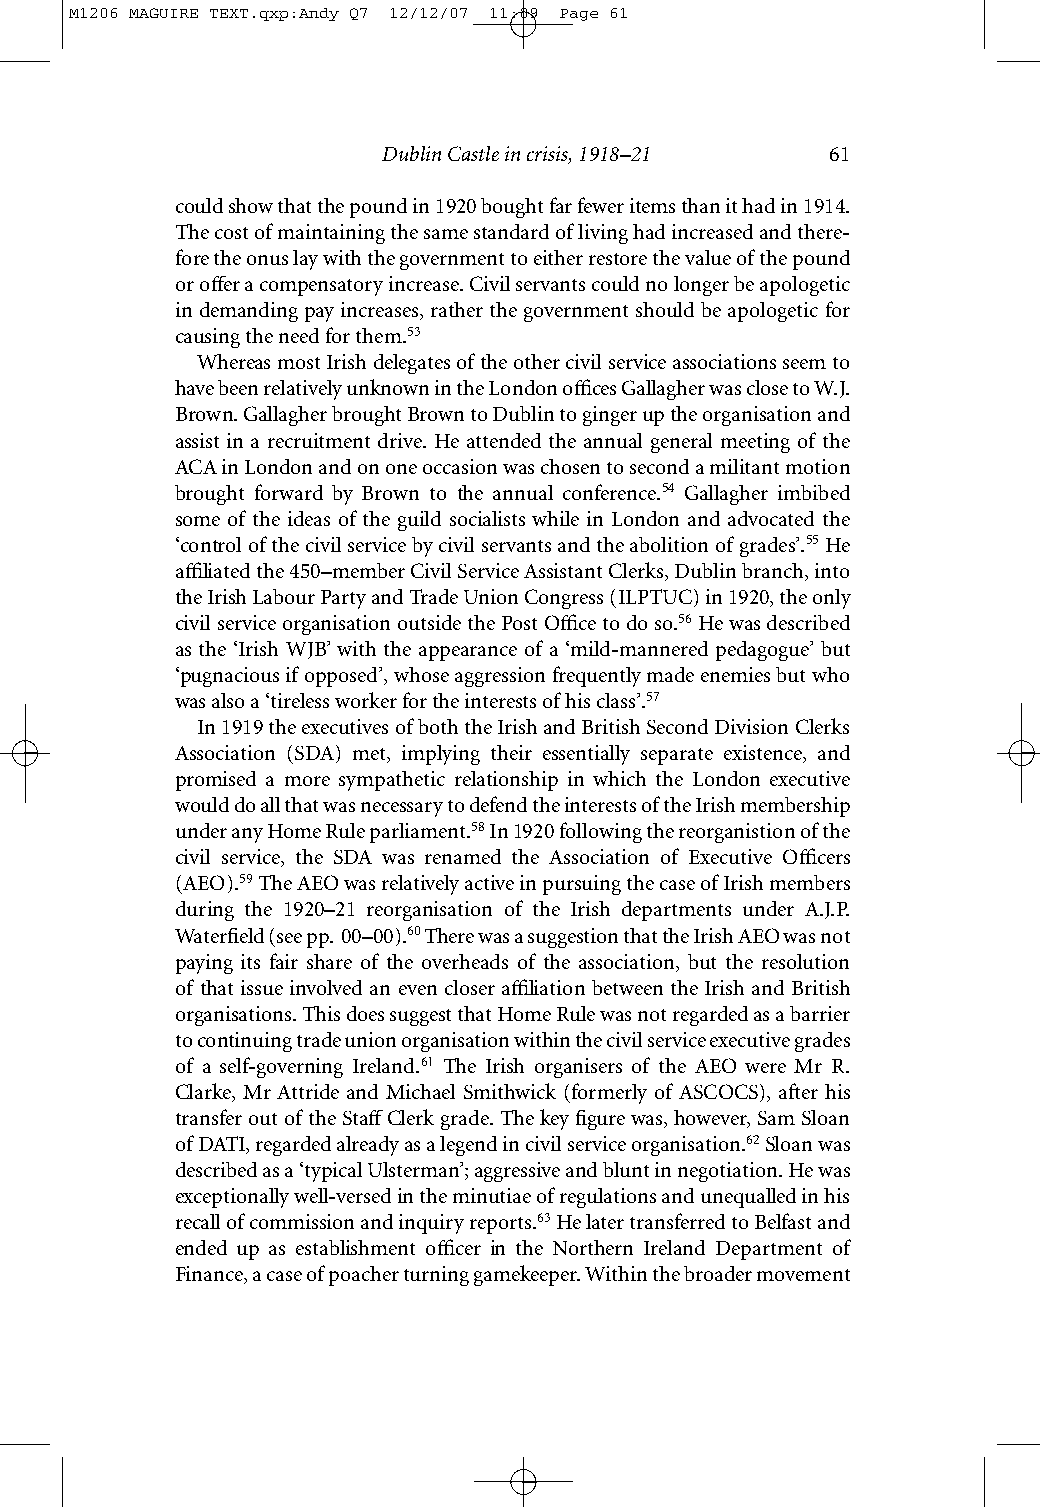
M1206 MAGUIRE TEXT.qxp:Andy Q7 12/12/07 11:09 Page 61
 Dublin Castle in crisis, 1918–21 61
 could show that the pound in 1920 bought far fewer items than it had in 1914.
 The cost of maintaining the same standard of living had increased and there-
 fore the onus lay with the government to either restore the value of the pound
 or offer a compensatory increase. Civil servants could no longer be apologetic
 in demanding pay increases, rather the government should be apologetic for
 causing the need for them.53
 Whereas most Irish delegates of the other civil service associations seem to
 have been relatively unknown in the London offices Gallagher was close to W.J.
 Brown. Gallagher brought Brown to Dublin to ginger up the organisation and
 assist in a recruitment drive. He attended the annual general meeting of the
 ACA in London and on one occasion was chosen to second a militant motion
 brought forward by Brown to the annual conference.54 Gallagher imbibed
 some of the ideas of the guild socialists while in London and advocated the
 ‘control of the civil service by civil servants and the abolition of grades’.55He
 affiliated the 450–member Civil Service Assistant Clerks, Dublin branch, into
 the Irish Labour Party and Trade Union Congress (ILPTUC) in 1920, the only
 civil service organisation outside the Post Office to do so.56He was described
 as the ‘Irish WJB’ with the appearance of a ‘mild-mannered pedagogue’ but
 ‘pugnacious if opposed’, whose aggression frequently made enemies but who
 was also a ‘tireless worker for the interests of his class’.57
 In 1919 the executives of both the Irish and British Second Division Clerks
 Association (SDA) met, implying their essentially separate existence, and
 promised a more sympathetic relationship in which the London executive
 would do all that was necessary to defend the interests of the Irish membership
 under any Home Rule parliament.58In 1920 following the reorganistion of the
 civil service, the SDA was renamed the Association of Executive Officers
 (AEO).59The AEO was relatively active in pursuing the case of Irish members
 during the 1920–21 reorganisation of the Irish departments under A.J.P.
 Waterfield (see pp. 00–00).60There was a suggestion that the Irish AEO was not
 paying its fair share of the overheads of the association, but the resolution
 of that issue involved an even closer affiliation between the Irish and British
 organisations. This does suggest that Home Rule was not regarded as a barrier
 to continuing trade union organisation within the civil service executive grades
 of a self-governing Ireland.61 The Irish organisers of the AEO were Mr R.
 Clarke, Mr Attride and Michael Smithwick (formerly of ASCOCS), after his
 transfer out of the StaffClerk grade. The key figure was, however, Sam Sloan
 of DATI, regarded already as a legend in civil service organisation.62Sloan was
 described as a ‘typical Ulsterman’; aggressive and blunt in negotiation. He was
 exceptionally well-versed in the minutiae of regulations and unequalled in his
 recall of commission and inquiry reports.63He later transferred to Belfast and
 ended up as establishment officer in the Northern Ireland Department of
 Finance, a case of poacher turning gamekeeper. Within the broader movement